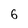
Character: 6